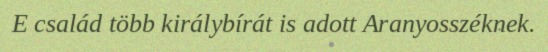
E család több királybírát is adott Aranyosszéknek.